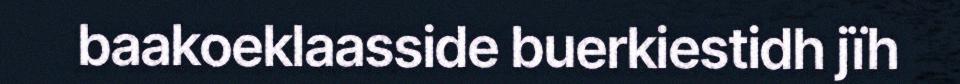
baakoeklaasside buerkiestidh jïh